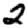
Digit: 2